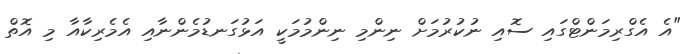
"އެ އެގްރިމަންޓްގައި ސޮއި ނުކުރުމަށް ނިންމި ނިންމުމަކީ އަޅުގަނޑުމެންނާއި އެމެރިކާއާ މި އޮތް